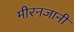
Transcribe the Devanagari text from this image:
मीरनजानी